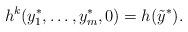
LaTeX: \begin{align*}h^{k}(y_{1}^{*},\dots,y_{m}^{*},0)=h(\tilde{y}^{*}).\end{align*}